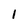
Character: 1